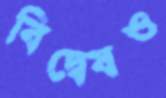
বিদ্বেষও